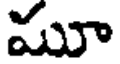
మూ